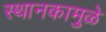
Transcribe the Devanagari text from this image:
स्थानकामुळे